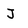
Character: J